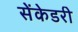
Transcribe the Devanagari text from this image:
सेंकेडरी